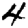
Digit: 4